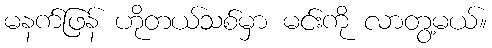
မနက်ဖြန် ဟိုတယ်သစ်မှာ မင်းကို လာတွ့မယ်။